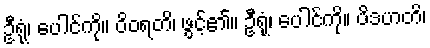
ဦရုံ၊ ပေါင်ကို။ ဝိဝရတိ၊ ဖွင့်၏။ ဦရုံ၊ ပေါင်ကို။ ပိဒဟတိ၊